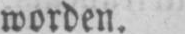
worden.